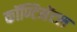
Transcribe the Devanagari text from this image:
कॉण्टिनेंटल